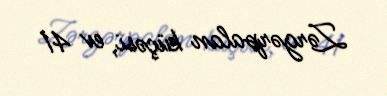
Zərgərpalan küçəsi, ev 41